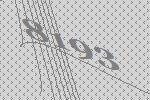
8193